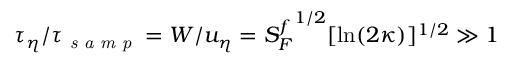
\tau _ { \eta } / \tau _ { \textit { s a m p } } = W / u _ { \eta } = { S _ { F } ^ { f } } ^ { 1 / 2 } [ \ln ( 2 \kappa ) ] ^ { 1 / 2 } \gg 1